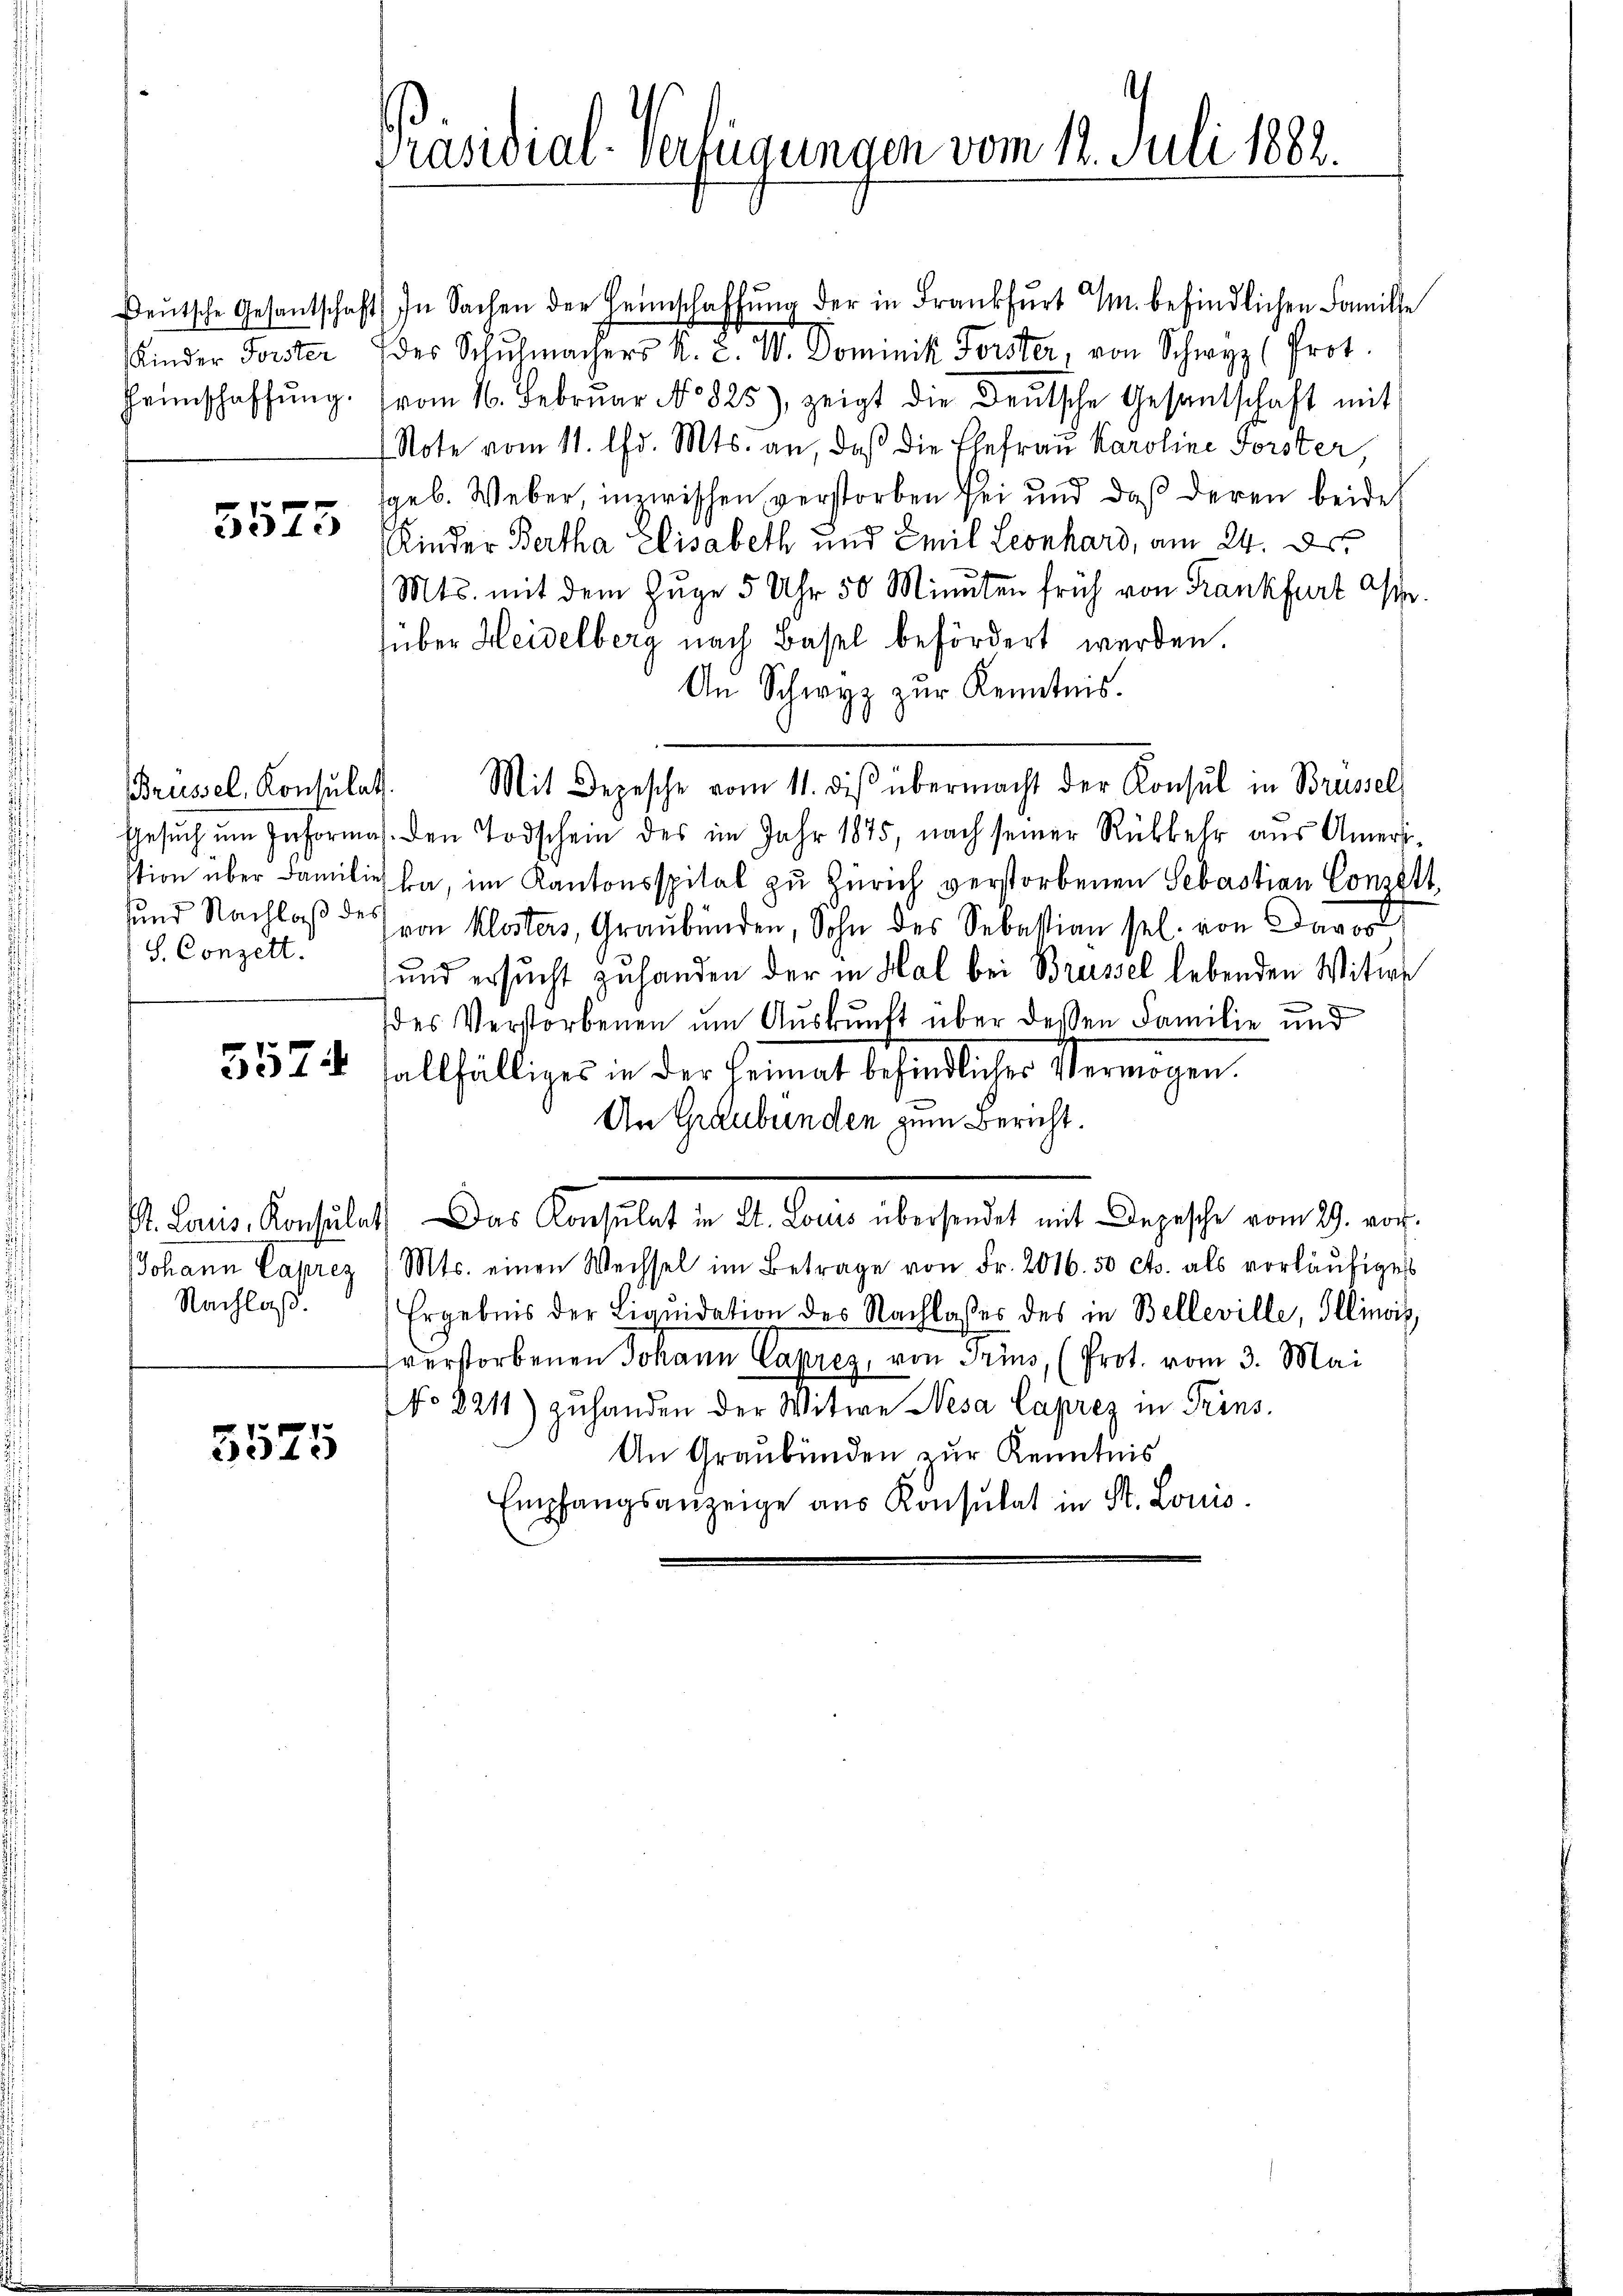
Kinder Forster

0 f 0 x
3340

S. Conzett.

Nachlaß.

5525

Präsidial-Verfügungen vom 12. Juli 1888.

Beŭtsche Gesantschaft In Sachen der Heimschaffŭng der in Frankfurt M. befindlichen Famille
des Schŭhmachers K. Z. W. Dominik Forster, von Schwyz (Prot.
Heimschaffŭng. (vom 16. Febrŭar No 825), zeigt die Deutsche Gesantschaft mit
Note vom 11. lfd. Mts. an, daß die Ehefrau Karoline Forster,
geb. Weber, inzwischen verstorben sei und daß deren beidet
Rieder Bertha Elisabeth und Emil Leonhard, am 24. d.
Mts. mit dem Zuge 5 Uhr 50 Minuten früh von Frankfurt Aspe
über Heidelberg nach Basel befördert werden.
An Schwyz zur Kenntnis.
Brüssel, Konsŭlat. Mit Depesche vom 11. diβ übermacht der Konsul in Brüssel
Gesŭch ŭm Informa. den Todschein des im Jahr 1875, nach seiner Rükkehr aus Ameristion über Familie da, im Kantonsspital zu Zürich verstorbenen Sebastian Conzött,
sund Nachlaß des von Klosters, Graubünden, Sohn des Sebastian sel. von Davos
und ersucht zu handen der in Hal bei Brüssel lebenden Witwe
des Verstorbenen um Auskunft über dessen Familie und
5574 fallfälliges in der Heimat befindlicher Vermögen.
An Graubünden zum Bericht.
S. Paris, Konsulat. Das Konsulat in Al. Loris übersendet mit Depesche vom 29. vor.
Johann Caprez (Mts. einen Wechsel im Betrage von Fr. 2016.50 cts. als vorläufiges
Ergebnis der Liqŭidation des Nachlasses des in Belleville, Illinoiz
sverstorbenen Johann Capres, von Trius, (Prot. vom 3. Mai
No 8211) zuhanden der Witwe Nesa Laprez in Prins¬
An Graubünden zur Kenntnis
Empfangsanzeige aus Konsulat in St. Louis